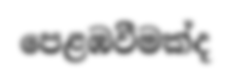
පෙළඹවීමක්ද